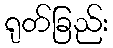
ရုတ်ခြည်း